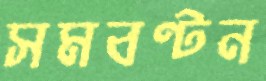
সমবণ্টন